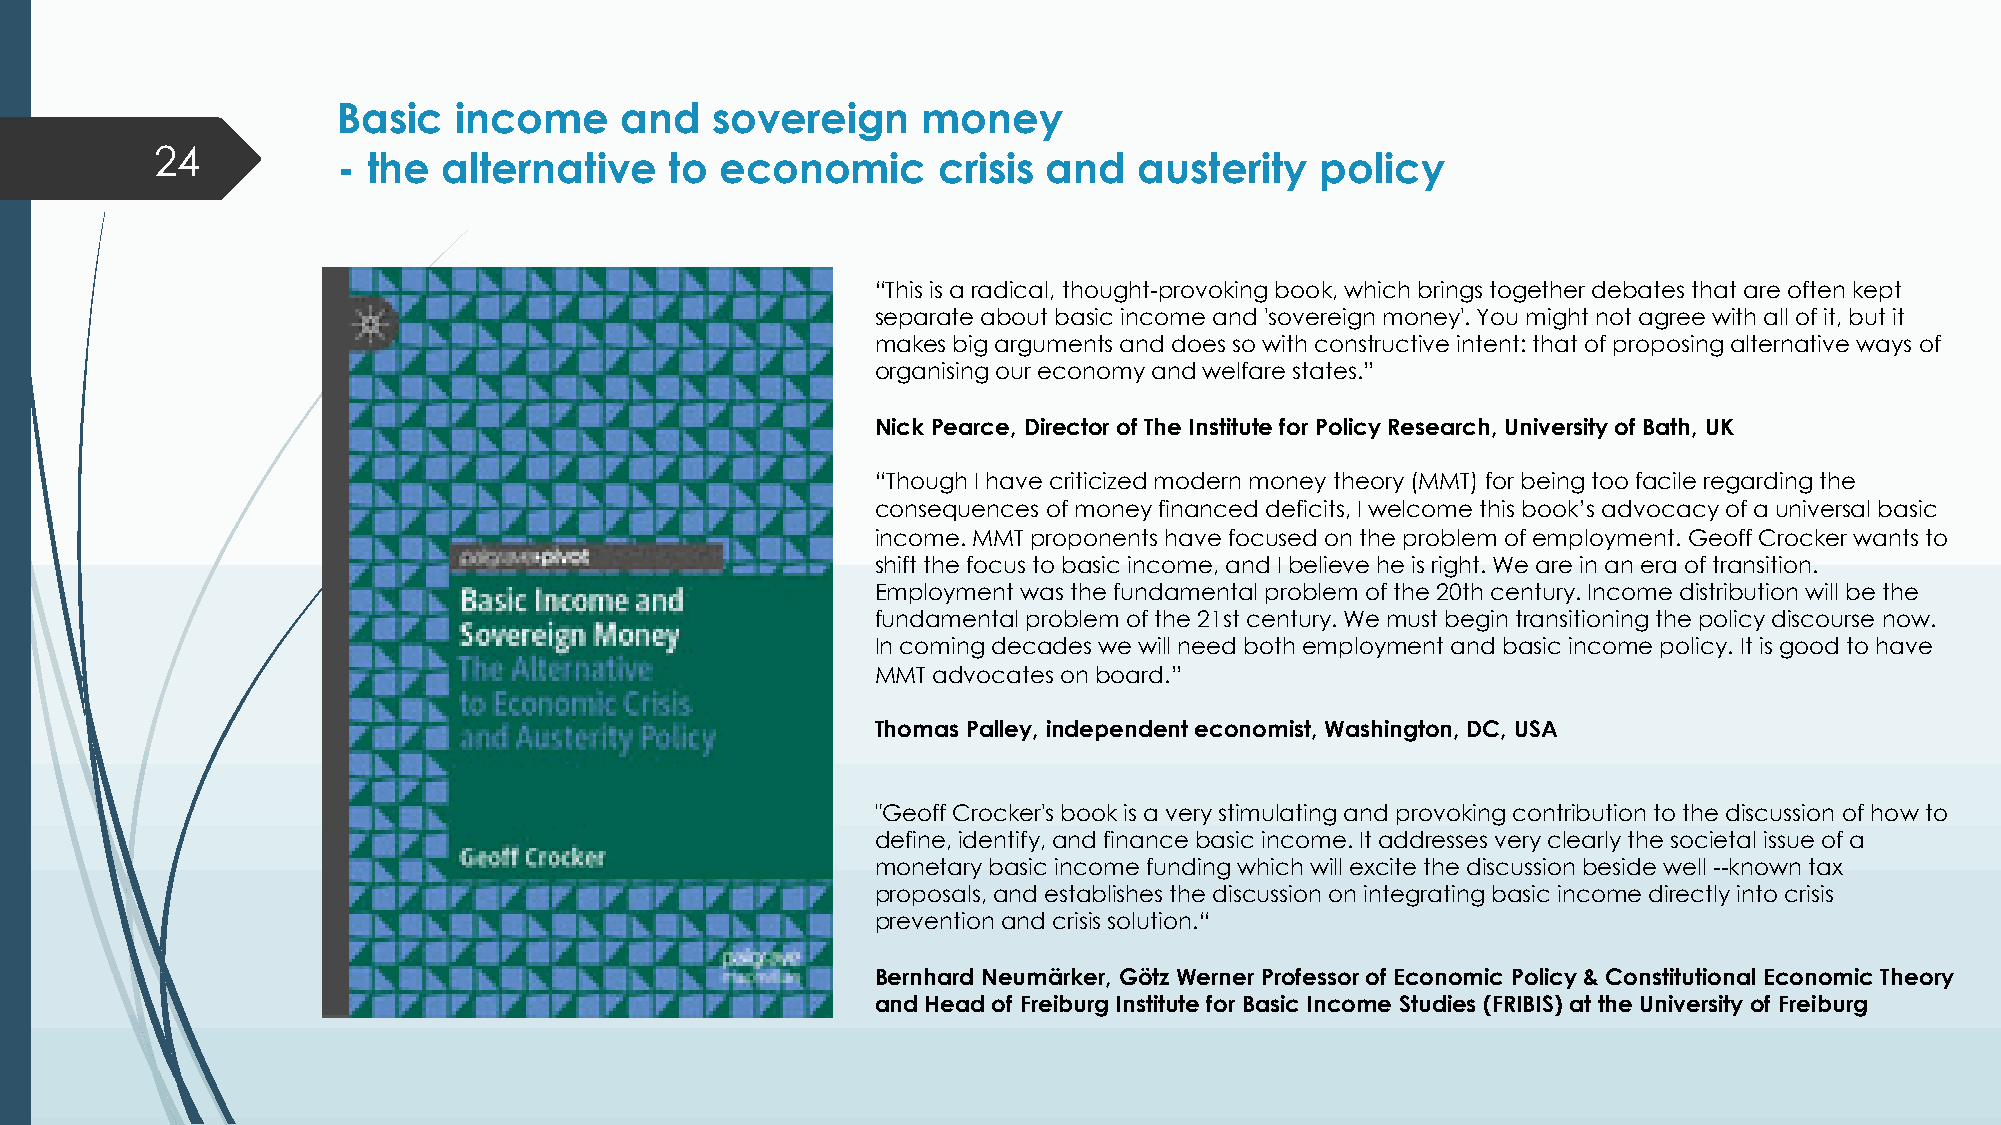
Basic   income     and   sovereign     money
 24
 - the  alternative    to  economic      crisis and   austerity   policy
 “This is a radical, thought-provoking book, which brings together debates that are often kept
 separate about basic income and 'sovereign money'. You might not agree with all of it, but it
 makes big arguments and does so with constructive intent: that of proposing alternative ways of
 organising our economy and welfare states.”
 Nick Pearce, Director of The Institute for Policy Research, University of Bath, UK
 “Though I have criticized modern money theory (MMT) for being too facile regarding the
 consequences of money financed deficits, I welcome this book’s advocacy of a universal basic
 income. MMT proponents have focused on the problem of employment. Geoff Crocker wants to
 shift the focus to basic income, and I believe he is right. We are in an era of transition.
 Employment was the fundamental problem of the 20th century. Income distribution will be the
 fundamental problem of the 21st century. We must begin transitioning the policy discourse now.
 In coming decades we will need both employment and basic income policy. It is good to have
 MMT advocates on board.”
 Thomas Palley, independent economist, Washington, DC, USA
 "Geoff Crocker's book is a very stimulating and provoking contribution to the discussion of how to
 define, identify, and finance basic income. It addresses very clearly the societal issue of a
 monetary basic income funding which will excite the discussion beside well --known tax
 proposals, and establishes the discussion on integrating basic income directly into crisis
 prevention and crisis solution.“
 Bernhard Neumärker, Götz Werner Professor of Economic Policy & Constitutional Economic Theory
 and Head of Freiburg Institute for Basic Income Studies (FRIBIS) at the University of Freiburg